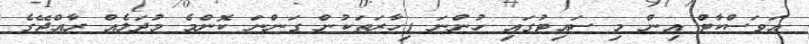
އަވަސްކާޓް އިން މި ސައިޓުގައި ހުންނަ ފިހާރަތަކުން ގަންނަ ކޮންމެ މުދަލެއް ރާއްޖޭގެ